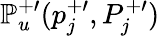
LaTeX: \mathbb{P}_{u}^{+\prime}(p_{j}^{+\prime},P_{j}^{+\prime})